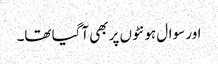
اور سوال ہونٹوں پر بھی آگیا تھا۔